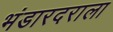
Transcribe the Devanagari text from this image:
भंडारदराला